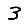
Digit: 3